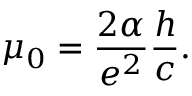
\mu _ { 0 } = { \frac { 2 \alpha } { e ^ { 2 } } } { \frac { h } { c } } .